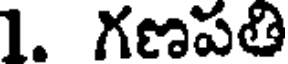
1. గణపతి